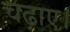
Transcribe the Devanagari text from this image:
चढ़ाए।